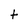
Character: t